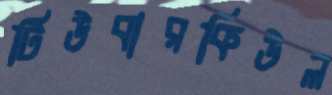
টিউবারকিউল